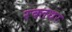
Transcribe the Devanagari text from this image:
रक्तधर